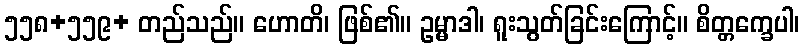
၅၅၈+၅၅၉+ တည်သည်။ ဟောတိ၊ ဖြစ်၏။ ဥမ္မာဒါ၊ ရူးသွတ်ခြင်းကြောင့်။ စိတ္တက္ခေပါ၊